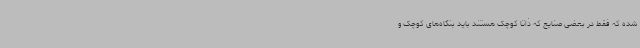
شده که فقط در بعضی صنایع که ذاتاً کوچک هستند باید بنگاه‌های کوچک و